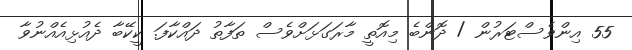
55 އިންވެސްޓަރުން / ދޮންބެ މިއޮތީ މާރަގަޅަށްވެސް ތަފާތު ދައްކާފަ. ކީކޭބާ ދެއުޅިއެއްނުވާ